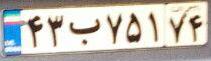
۴۳ب۷۵۱۷۴